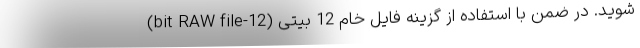
شوید. در ضمن با استفاده از گزینه فایل خام 12 بیتی (12-bit RAW file)